Annual report on the lock hospitals of the Madras Presidency
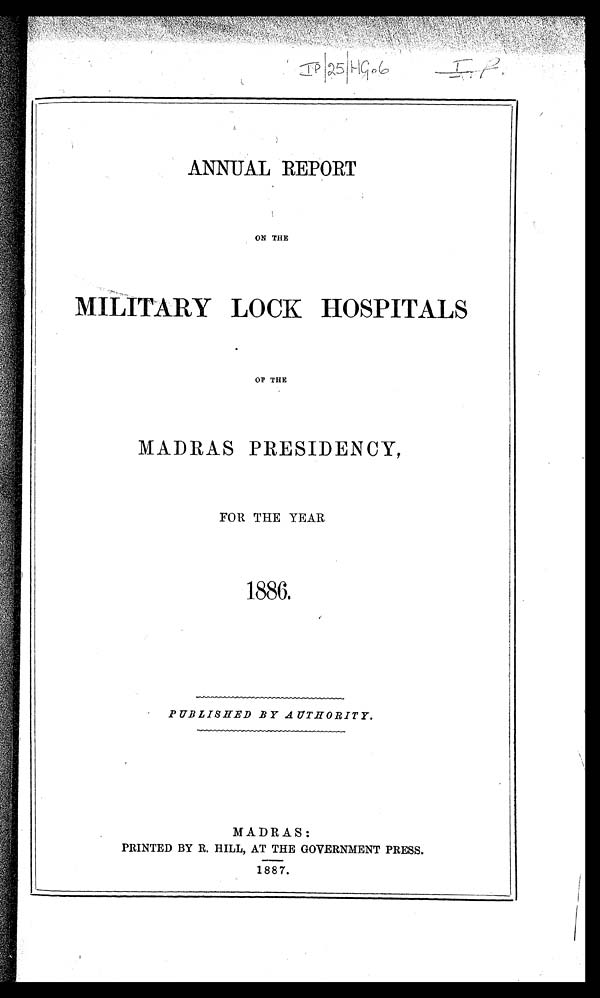
Ip/25/HG06
ANNUAL REPORT
ON THE
MILITARY LOCK HOSPITALS
OF THE
MADRAS PRESIDENCY,
FOR THE YEAR
1886.
PUBLISHED BY AUTHORITY.
MADRAS:
PRINTED BY R. HILL, AT THE GOVERNMENT PRESS.
1887.